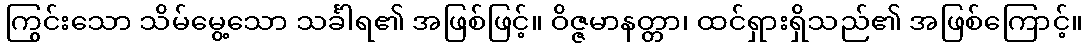
ကြွင်းသော သိမ်မွေ့သော သင်္ခါရ၏ အဖြစ်ဖြင့်။ ဝိဇ္ဇမာနတ္တာ၊ ထင်ရှားရှိသည်၏ အဖြစ်ကြောင့်။